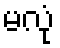
မလုံ